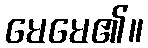
မေမေ၏။